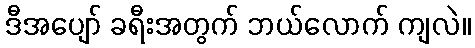
ဒီအပျော် ခရီးအတွက် ဘယ်လောက် ကျလဲ။